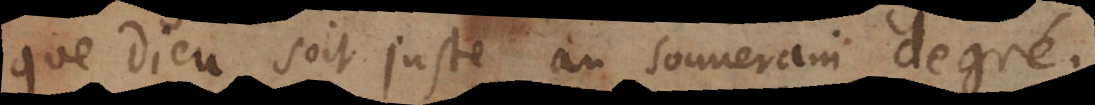
que Dieu soit juste au souverain degré.